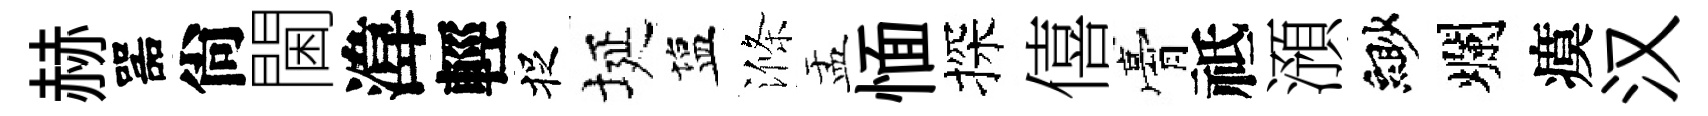
赫噐尙閫湋輕捉埏塩滌盂愐探僖膏祗澦緲爛瘼汉